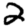
Digit: 2